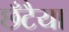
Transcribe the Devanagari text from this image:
छँटैया